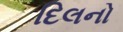
દિલનો